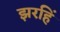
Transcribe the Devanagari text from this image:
झरहिं